Report on the working of the Ranchi Indian Mental Hospital, Kanke, in Bihar and Orissa - 1930-1940
Year: 1930
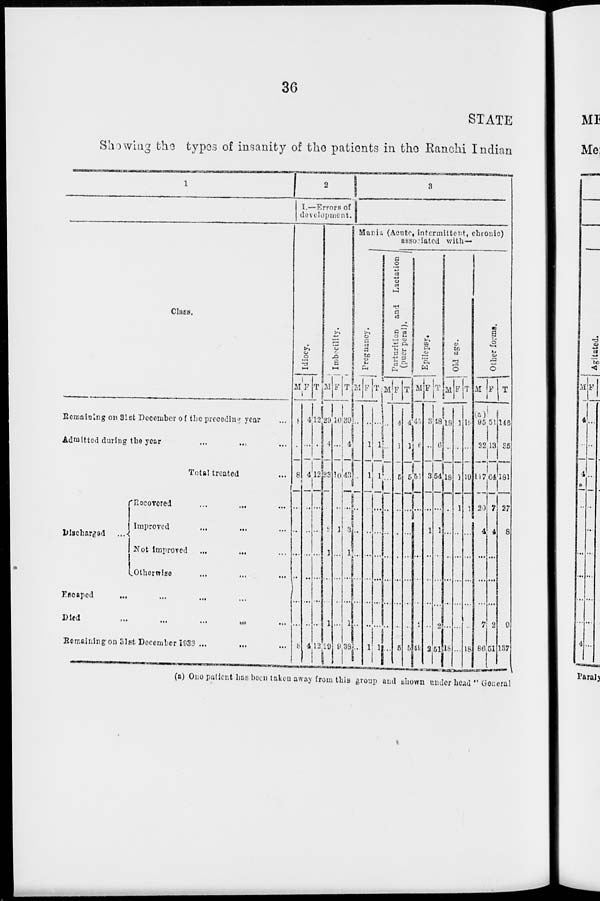
36
STATE
Showing the types of insanity of the patients in the Ranchi Indian
1
Class.
Remaining on 31st December of the preceding year ...
Admitted during the year ... ... ...
Total treated ...
Discharged
...
Recovered ... ... ...
Improved ... ... ...
Not improved ... ... ...
Otherwise ... ... ...
Escaped
... ... ... ...
Died
...
...
...
...
Remaining on 31st December 1933 ... ... ...
2
I.—Errors of
development.
Idiocy.
M
8
...
8
...
...
...
...
...
...
8
F
4
...
4
...
...
...
...
...
...
4
T
12
...
12
...
...
...
...
...
...
12
Imbecility.
M
29
4
33
...
2
1
...
...
1
29
F
10
...
10
...
1
...
...
...
...
9
T
39
4
43
...
3
1
...
...
1
38
3
Mania (Acute, intermittent, chronic)
associated with—
Pregnancy.
M
...
...
...
...
...
...
...
...
...
...
F
...
1
1
...
...
...
...
...
...
1
T
...
1
1
...
...
...
...
...
...
1
Parturition and Lactation
(puerperal).
M
...
...
...
...
...
...
...
...
...
...
F
4
1
5
...
...
...
...
...
...
5
T
4
1
5
...
...
...
...
...
...
5
Epilepsy.
M
45
6
51
...
...
...
...
...
2
49
F
3
...
3
...
1
...
...
...
...
2
T
48
6
54
...
1
...
...
...
2
51
Old age.
M
18
...
18
...
...
...
...
...
...
18
F
1
...
1
1
...
...
...
...
...
...
T
19
...
19
1
...
...
...
...
...
18
Other forms.
M
(a)
95
22
117
20
4
...
...
...
7
86
F
51
13
64
7
4
...
...
...
2
51
T
146
35
181
27
8
...
...
...
9
137
(a) One patient has been taken away from this group and shown under head " General